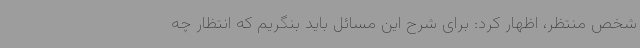
شخص منتظر، اظهار کرد: برای شرح این مسائل باید بنگریم که انتظار چه